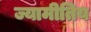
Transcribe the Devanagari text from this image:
ज्यामीतिय